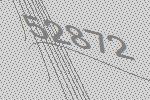
52872